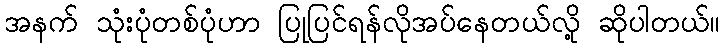
အနက် သုံးပုံတစ်ပုံဟာ ပြုပြင်ရန်လိုအပ်နေတယ်လို့ ဆိုပါတယ်။